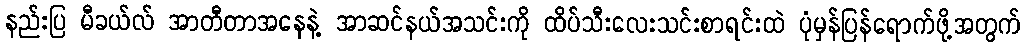
နည်းပြ မီခယ်လ် အာတီတာအနေနဲ့ အာဆင်နယ်အသင်းကို ထိပ်သီးလေးသင်းစာရင်းထဲ ပုံမှန်ပြန်ရောက်ဖို့အတွက်